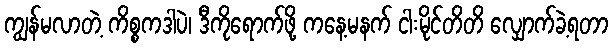
ကျွန်မလာတဲ့ ကိစ္စကဒါပဲ၊ ဒီကိုရောက်ဖို့ ကနေ့မနက် ငါးမိုင်တိတိ လျှောက်ခဲ့ရတာ